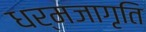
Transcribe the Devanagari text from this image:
धर्मजागृति